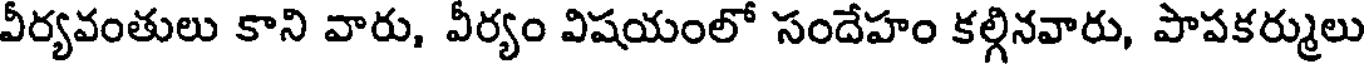
వీర్యవంతులు కాని వారు, వీర్యం విషయంలో సందేహం కల్గినవారు, పాపకర్ములు